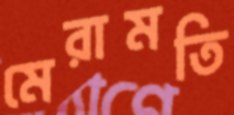
মেরামতি